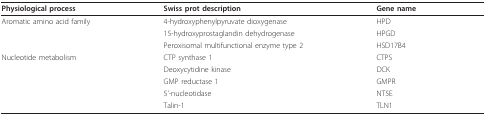
<table><thead><tr><td><b>Physiological process</b></td><td><b>Swiss prot description</b></td><td><b>Gene name</b></td></tr></thead><tbody><tr><td>Aromatic amino acid family</td><td>4-hydroxyphenylpyruvate dioxygenase</td><td>HPD</td></tr><tr><td></td><td>15-hydroxyprostaglandin dehydrogenase</td><td>HPGD</td></tr><tr><td></td><td>Peroxisomal multifunctional enzyme type 2</td><td>HSD17B4</td></tr><tr><td>Nucleotide metabolism</td><td>CTP synthase 1</td><td>CTPS</td></tr><tr><td></td><td>Deoxycytidine kinase</td><td>DCK</td></tr><tr><td></td><td>GMP reductase 1</td><td>GMPR</td></tr><tr><td></td><td>5&#x27;-nucleotidase</td><td>NT5E</td></tr><tr><td></td><td>Talin-1</td><td>TLN1</td></tr></tbody></table>